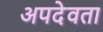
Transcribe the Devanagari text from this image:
अपदेवता